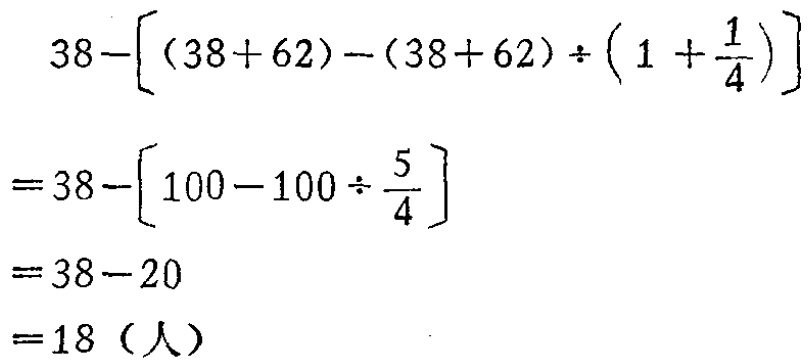
\[

\begin{align*}

&38-[(38 + 62)-(38 + 62)\div(1+\frac{1}{4})]\\

=&38-[100 - 100\div\frac{5}{4}]\\

=&38-20\\

=&18（人）

\end{align*}

\]